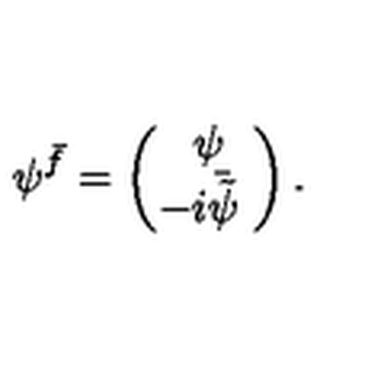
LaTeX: \psi ^ { \bar { f } } = \left( \begin{array} { c } { \psi \! } \\ { \! \! \! - i \bar { \tilde { \psi } } \! } \\ \end{array} \right) .